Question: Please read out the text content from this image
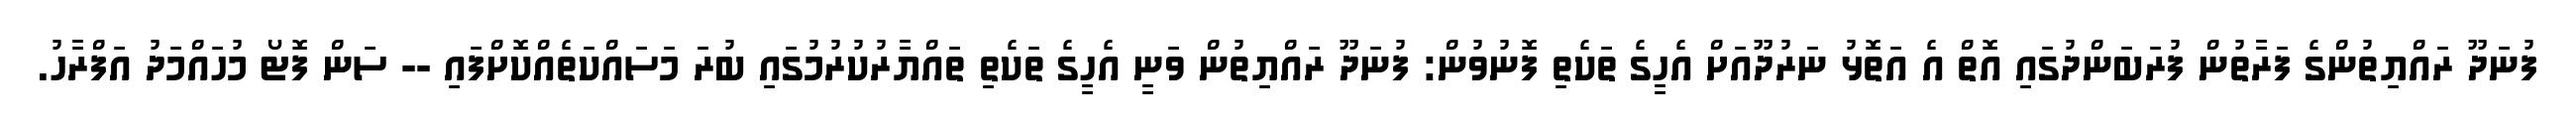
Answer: ފުނަދޫ ރައްޔިތުންގެ ފަރާތުން ފުރަބަންދުގައި އޮތް އެ އަތޮޅު ނަރުދޫއަށް އެހީގެ ތަކެތި ފޮނުވުން: ފުނަދޫ ރައްޔިތުން ވަނީ އެހީގެ ތަކެތި ތައްޔާރުކުރުމުގައި ބުރަ މަސައްކަތެއްކޮށްފައި -- ސަން ފޮޓޯ މުހައްމަދު އަފްރާހު.